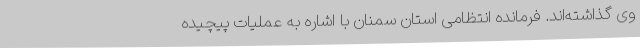
وی گذاشته‌اند. فرمانده انتظامی استان سمنان با اشاره به عملیات پیچیده